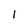
Character: 1